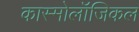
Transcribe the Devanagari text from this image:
कास्मोलॉजिकल